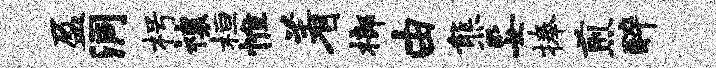
盈洞枵禳桓惟着榔由熊妥捧煎醉